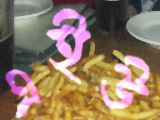
এইউ